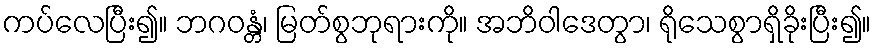
ကပ်လေပြီး၍။ ဘဂဝန္တံ၊ မြတ်စွဘုရားကို။ အဘိဝါဒေတွာ၊ ရိုသေစွာရှိခိုးပြီး၍။